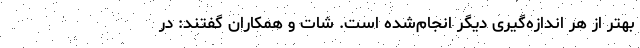
بهتر از هر اندازه‌گیری دیگر انجام‌شده است. شات و همکاران گفتند: در